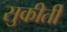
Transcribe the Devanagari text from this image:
सुकीर्ती